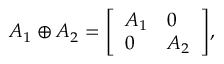
A _ { 1 } \oplus A _ { 2 } = { \left[ \begin{array} { l l } { A _ { 1 } } & { 0 } \\ { 0 } & { A _ { 2 } } \end{array} \right] } ,